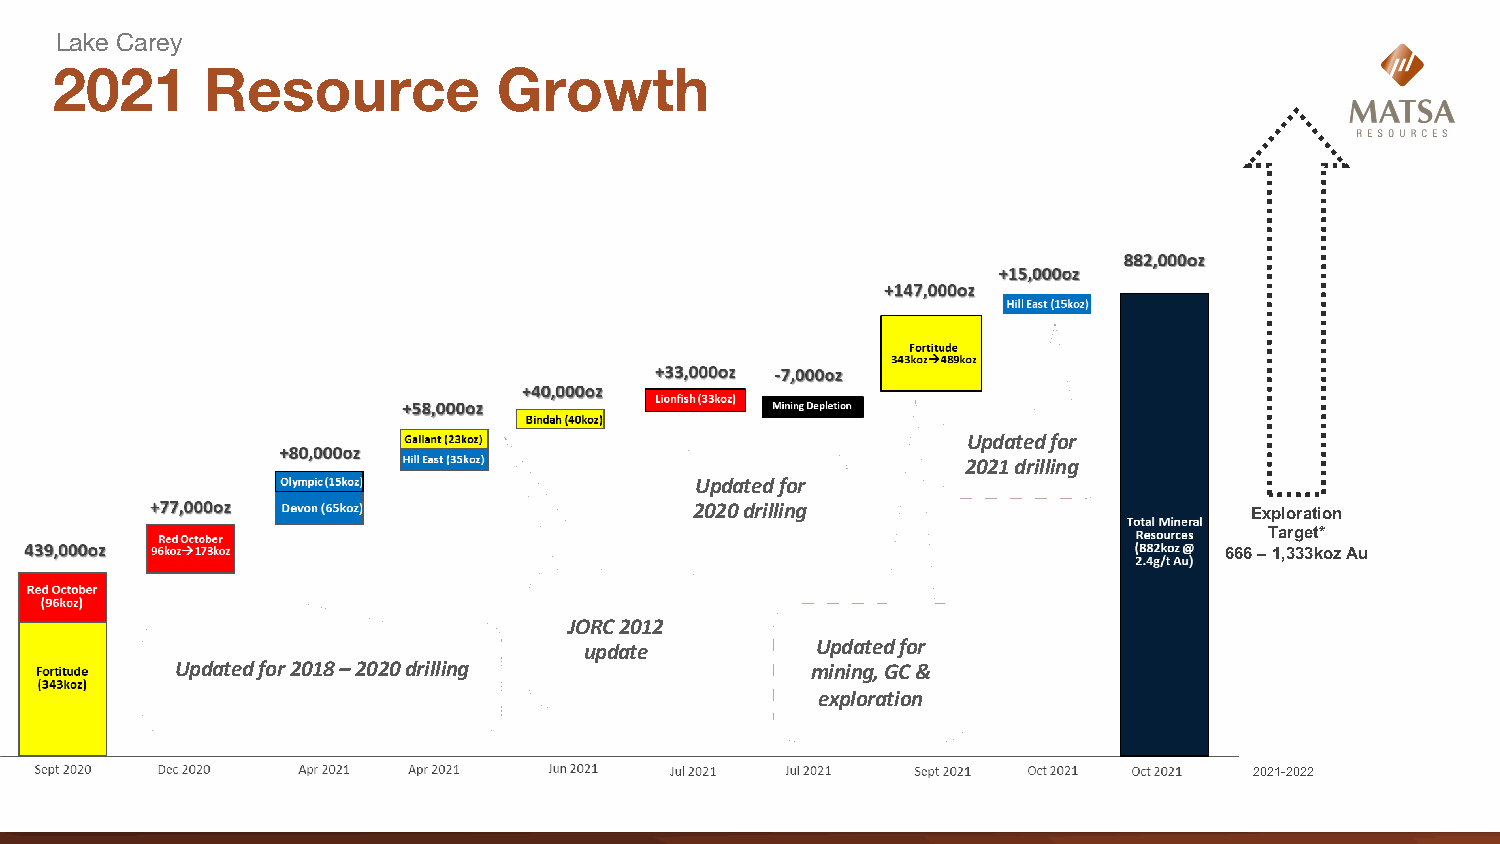
Lake Carey
 2021      Resource            Growth
 Updated for
 2021 drilling
 Updated for
 2020 drilling                        Exploration
 Target*
 666 –1,333koz Au
 JORC 2012
 update         Updated for
 Updated for 2018 –2020 drilling           mining, GC &
 exploration
 2021-2022